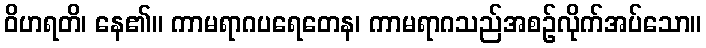
ဝိဟရတိ၊ နေ၏။ ကာမရာဂပရေတေန၊ ကာမရာဂသည်အစဉ်လိုက်အပ်သော။